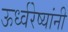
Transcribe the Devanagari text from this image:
ऊर्ध्वरेष्यांनी